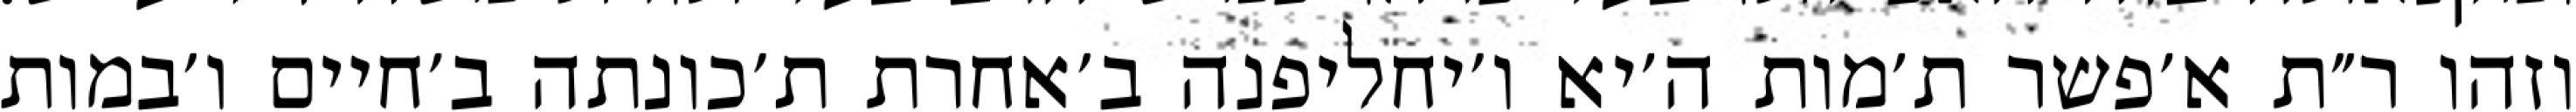
וזהו ר״ת א׳פשר ת׳מות ה׳יא ו׳יחליפנה ב׳אחרת ת׳כונתה ב׳חיים ו׳במות